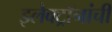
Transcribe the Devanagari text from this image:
इलेक्ट्रॉनांची